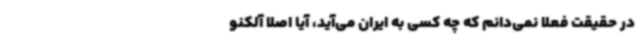
در حقیقت فعلا نمی‌دانم که چه کسی به ایران می‌آید، آیا اصلا آلکنو